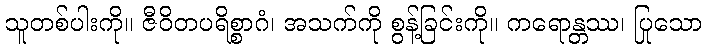
သူတစ်ပါးကို။ ဇီဝိတပရိစ္စာဂံ၊ အသက်ကို စွန့်ခြင်းကို။ ကရောန္တဿ၊ ပြုသော